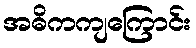
အဓိကကျကြောင်း